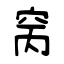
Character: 窉